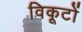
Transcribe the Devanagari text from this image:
विकूटों